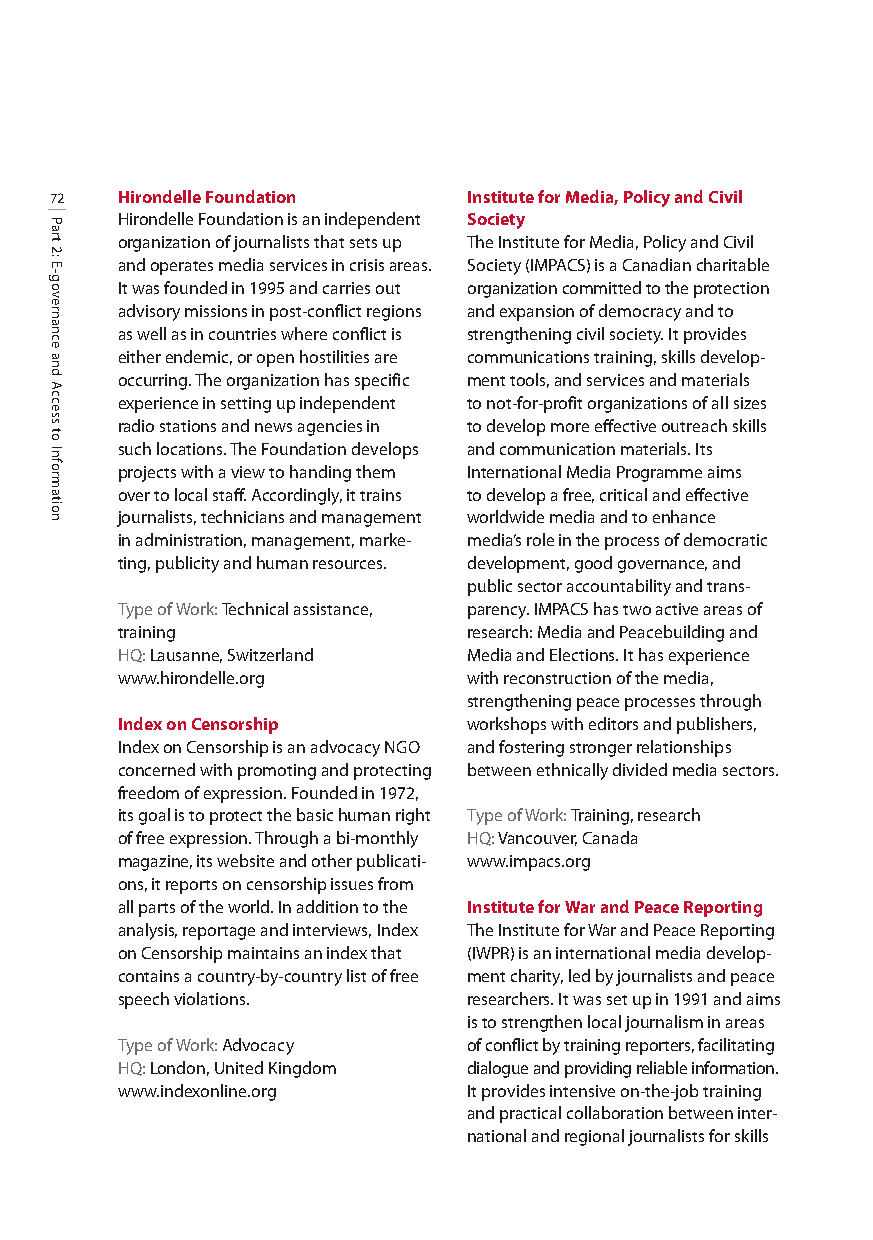
72   Hirondelle Foundation  Institute for Media, Policy and Civil
 Hirondelle Foundation is an independent Society
 organization of journalists that sets up The Institute for Media, Policy and Civil
 and operates media services in crisis areas. Society (IMPACS) is a Canadian charitable
 It was founded in 1995 and carries out organization committed to the protection
 advisory missions in post-conflict regions and expansion of democracy and to
 as well as in countries where conflict is strengthening civil society. It provides
 either endemic, or open hostilities are communications training, skills develop-
 occurring. The organization has specific ment tools, and services and materials
 experience in setting up independent to not-for-profit organizations of all sizes
 radio stations and news agencies in to develop more effective outreach skills
 such locations. The Foundation develops and communication materials. Its
 projects with a view to handing them International Media Programme aims
 over to local staff. Accordingly, it trains to develop a free, critical and effective
 journalists, technicians and management worldwide media and to enhance
 in administration, management, marke- media’s role in the process of democratic
 ting, publicity and human resources. development, good governance, and
 public sector accountability and trans-
 Type of Work: Technical assistance, parency. IMPACS has two active areas of
 training               research: Media and Peacebuilding and
 HQ:Lausanne, Switzerland Media and Elections. It has experience
 www.hirondelle.org     with reconstruction of the media,
 strengthening peace processes through
 Index on Censorship    workshops with editors and publishers,
 Index on Censorship is an advocacy NGO and fostering stronger relationships
 concerned with promoting and protecting between ethnically divided media sectors.
 freedom of expression. Founded in 1972,
 its goal is to protect the basic human right Type of Work: Training, research
 of free expression. Through a bi-monthly HQ:Vancouver, Canada
 magazine, its website and other publicati- www.impacs.org
 ons, it reports on censorship issues from
 all parts of the world. In addition to the Institute for War and Peace Reporting
 analysis, reportage and interviews, Index The Institute for War and Peace Reporting
 on Censorship maintains an index that (IWPR) is an international media develop-
 contains a country-by-country list of free ment charity, led by journalists and peace
 speech violations.     researchers. It was set up in 1991 and aims
 is to strengthen local journalism in areas
 Type of Work: Advocacy of conflict by training reporters, facilitating
 HQ:London, United Kingdom dialogue and providing reliable information.
 www.indexonline.org    It provides intensive on-the-job training
 and practical collaboration between inter-
 national and regional journalists for skills
 Part
 2:
 E-governance
 and
 Access
 to
 Information